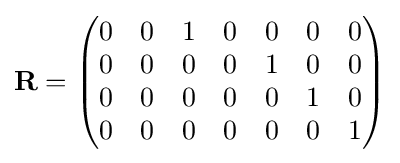
\mathbf {R} ={\begin{pmatrix}0&0&1&0&0&0&0\\0&0&0&0&1&0&0\\0&0&0&0&0&1&0\\0&0&0&0&0&0&1\\\end{pmatrix}}